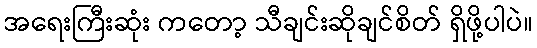
အရေးကြီးဆုံး ကတော့ သီချင်းဆိုချင်စိတ် ရှိဖို့ပါပဲ။